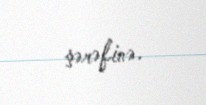
şərəfinə.